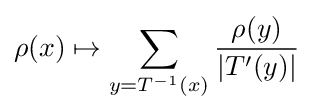
\rho (x)\mapsto \sum _{y=T^{-1}(x)}{\frac {\rho (y)}{|T^{\prime }(y)|}}